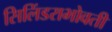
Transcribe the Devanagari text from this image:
सिलिंडराभोवती